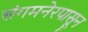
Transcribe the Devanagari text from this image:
संगमनेरपासून